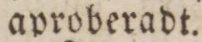
aproberadt.